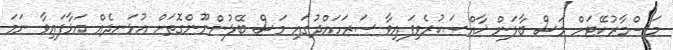
މަސްމާރުކޭޓަށް މަސް ބާލަން ޚާއްޞަކުރެވިފައިވާ ސަރަހައްދުގައި މަސް ބޭލުންނޫންގޮތަށް އުޅަނދެއް އަޅާފައިވާ ނަމަ